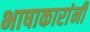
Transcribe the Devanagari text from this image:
भाषाकारांनी